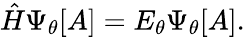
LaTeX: {\hat{H}}\Psi_{\theta}[A]=E_{\theta}\Psi_{\theta}[A].